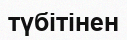
түбітінен